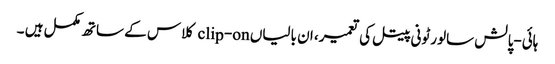
ہائی-پالش سالورٹونی پیتل کی تعمیر، ان بالیاں clip-on کلاس کے ساتھ مکمل ہیں ۔